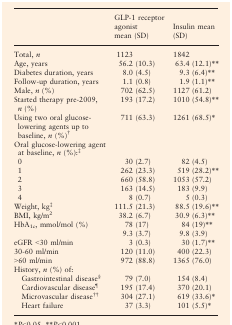
|  | GLP-1 receptor agonist mean (SD) | Insulin mean (SD) |
 | --- | --- | --- |
 | Total, n | 1123 | 1842 |
 | Age, years | 56.2 (10.3) | 63.4 (12.1)** |
 | Diabetes duration, years | 8.0 (4.5) | 9.3 (6.4)** |
 | Follow-up duration, years | 1.1 (0.8) | 1.9 (1.1)** |
 | Male, n (%) | 702 (62.5) | 1127 (61.2) |
 | Started therapy pre-2009, n (%) | 193 (17.2) | 1010 (54.8)** |
 | Using two oral glucose-lowering agents up to baseline, n (%)† | 711 (63.3) | 1261 (68.5)* |
 | Oral glucose-lowering agent at baseline, n (%):‡ |  |  |
 | 0 | 30 (2.7) | 82 (4.5) |
 | 1 | 262 (23.3) | 519 (28.2)** |
 | 2 | 660 (58.8) | 1053 (57.2) |
 | 3 | 163 (14.5) | 183 (9.9) |
 | 4 | 8 (0.7) | 5 (0.3) |
 | Weight, kg‡ | 111.5 (21.3) | 88.5 (19.6)** |
 | BMI, kg/m2 | 38.2 (6.7) | 30.9 (6.3)** |
 | <ROWSPAN=2> HbA1c, mmol/mol (%) | 78 (17) | 84 (19)** |
 | 9.3 (3.7) | 9.8 (3.9) |
 | eGFR <30 ml/min | 3 (0.3) | 30 (1.7)** |
 | 30-60 ml/min | 120 (11.0) | 400 (22.3) |
 | >60 ml/min | 972 (88.8) | 1365 (76.0) |
 | History, n (%) of: |  |  |
 | Gastrointestinal disease§ | 79 (7.0) | 154 (8.4) |
 | Cardiovascular disease¶ | 195 (17.4) | 370 (20.1) |
 | Microvascular disease†† | 304 (27.1) | 619 (33.6)* |
 | Heart failure | 37 (3.3) | 101 (5.5)* |